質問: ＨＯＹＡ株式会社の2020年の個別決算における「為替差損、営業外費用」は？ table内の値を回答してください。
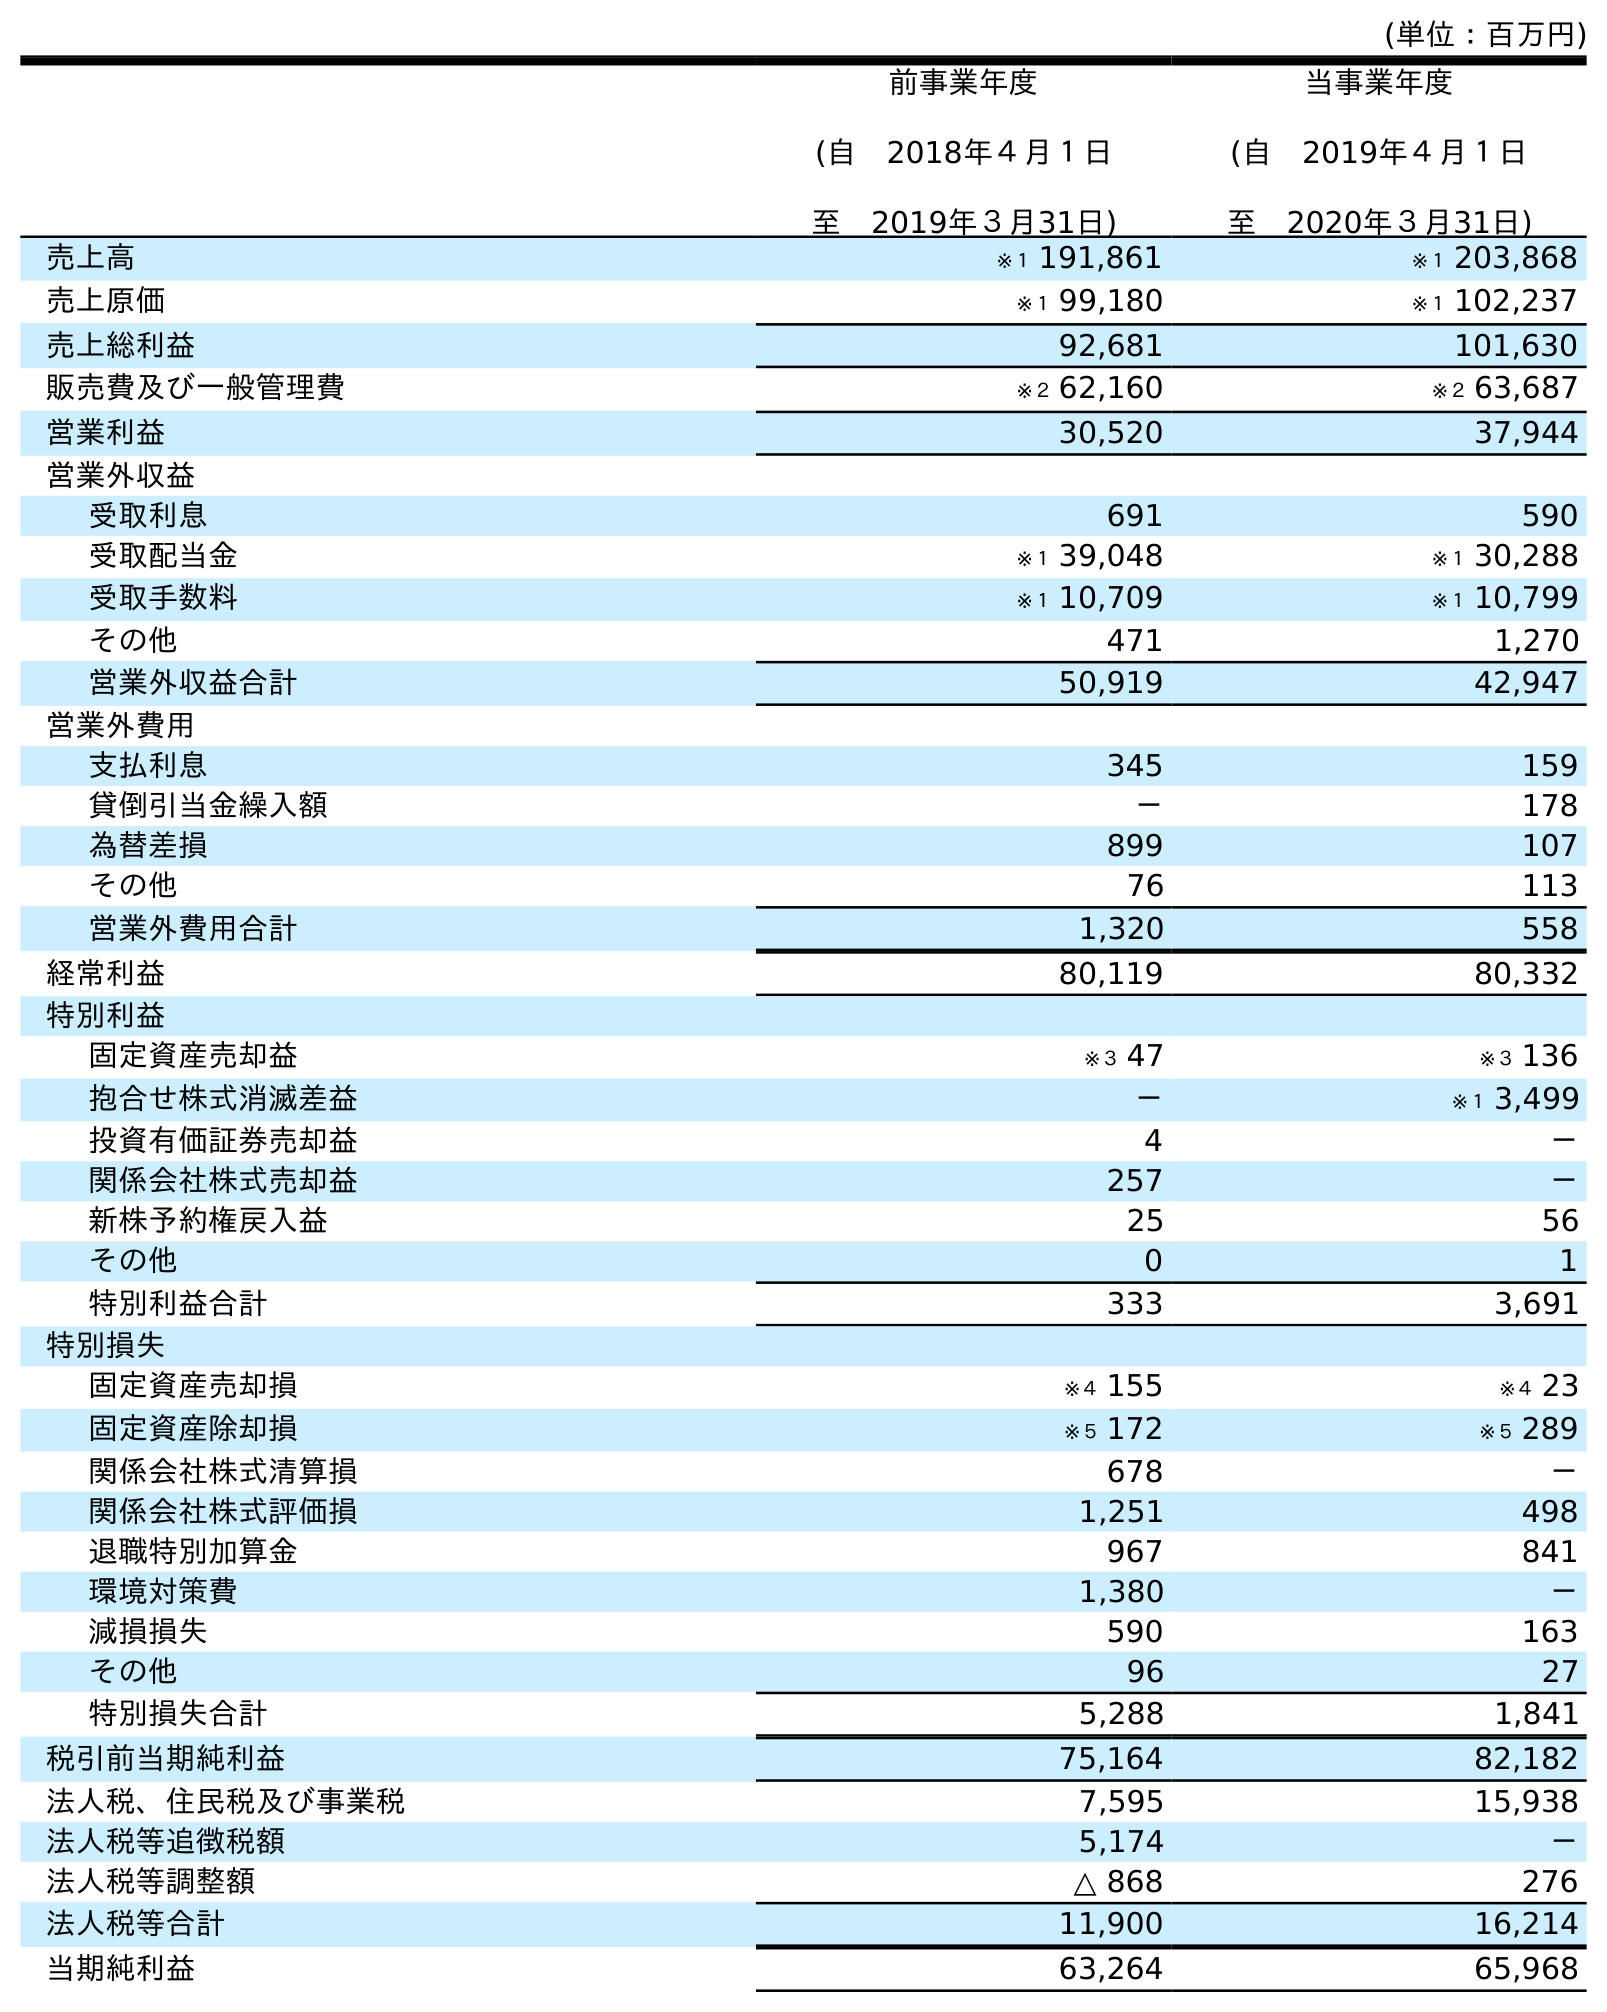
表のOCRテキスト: (単位：百万円) 前事業年度 (自 2018年４月１日 至 2019年３月31日) 当事業年度 (自 2019年４月１日 至 2020年３月31日) 売上高 ※１ 191,861 ※１ 203,868 売上原価 ※１ 99,180 ※１ 102,237 売上総利益 92,681 101,630 販売費及び一般管理費 ※２ 62,160 ※２ 63,687 営業利益 30,520 37,944 営業外収益 受取利息 691 590 受取配当金 ※１ 39,048 ※１ 30,288 受取手数料 ※１ 10,709 ※１ 10,799 その他 471 1,270 営業外収益合計 50,919 42,947 営業外費用 支払利息 345 159 貸倒引当金繰入額 － 178 為替差損 899 107 その他 76 113 営業外費用合計 1,320 558 経常利益 80,119 80,332 特別利益 固定資産売却益 ※３ 47 ※３ 136 抱合せ株式消滅差益 － ※１ 3,499 投資有価証券売却益 4 － 関係会社株式売却益 257 － 新株予約権戻入益 25 56 その他 0 1 特別利益合計 333 3,691 特別損失 固定資産売却損 ※４ 155 ※４ 23 固定資産除却損 ※５ 172 ※５ 289 関係会社株式清算損 678 － 関係会社株式評価損 1,251 498 退職特別加算金 967 841 環境対策費 1,380 － 減損損失 590 163 その他 96 27 特別損失合計 5,288 1,841 税引前当期純利益 75,164 82,182 法人税、住民税及び事業税 7,595 15,938 法人税等追徴税額 5,174 － 法人税等調整額 △ 868 276 法人税等合計 11,900 16,214 当期純利益 63,264 65,968
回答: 107